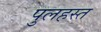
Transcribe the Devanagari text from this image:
पुलहस्त